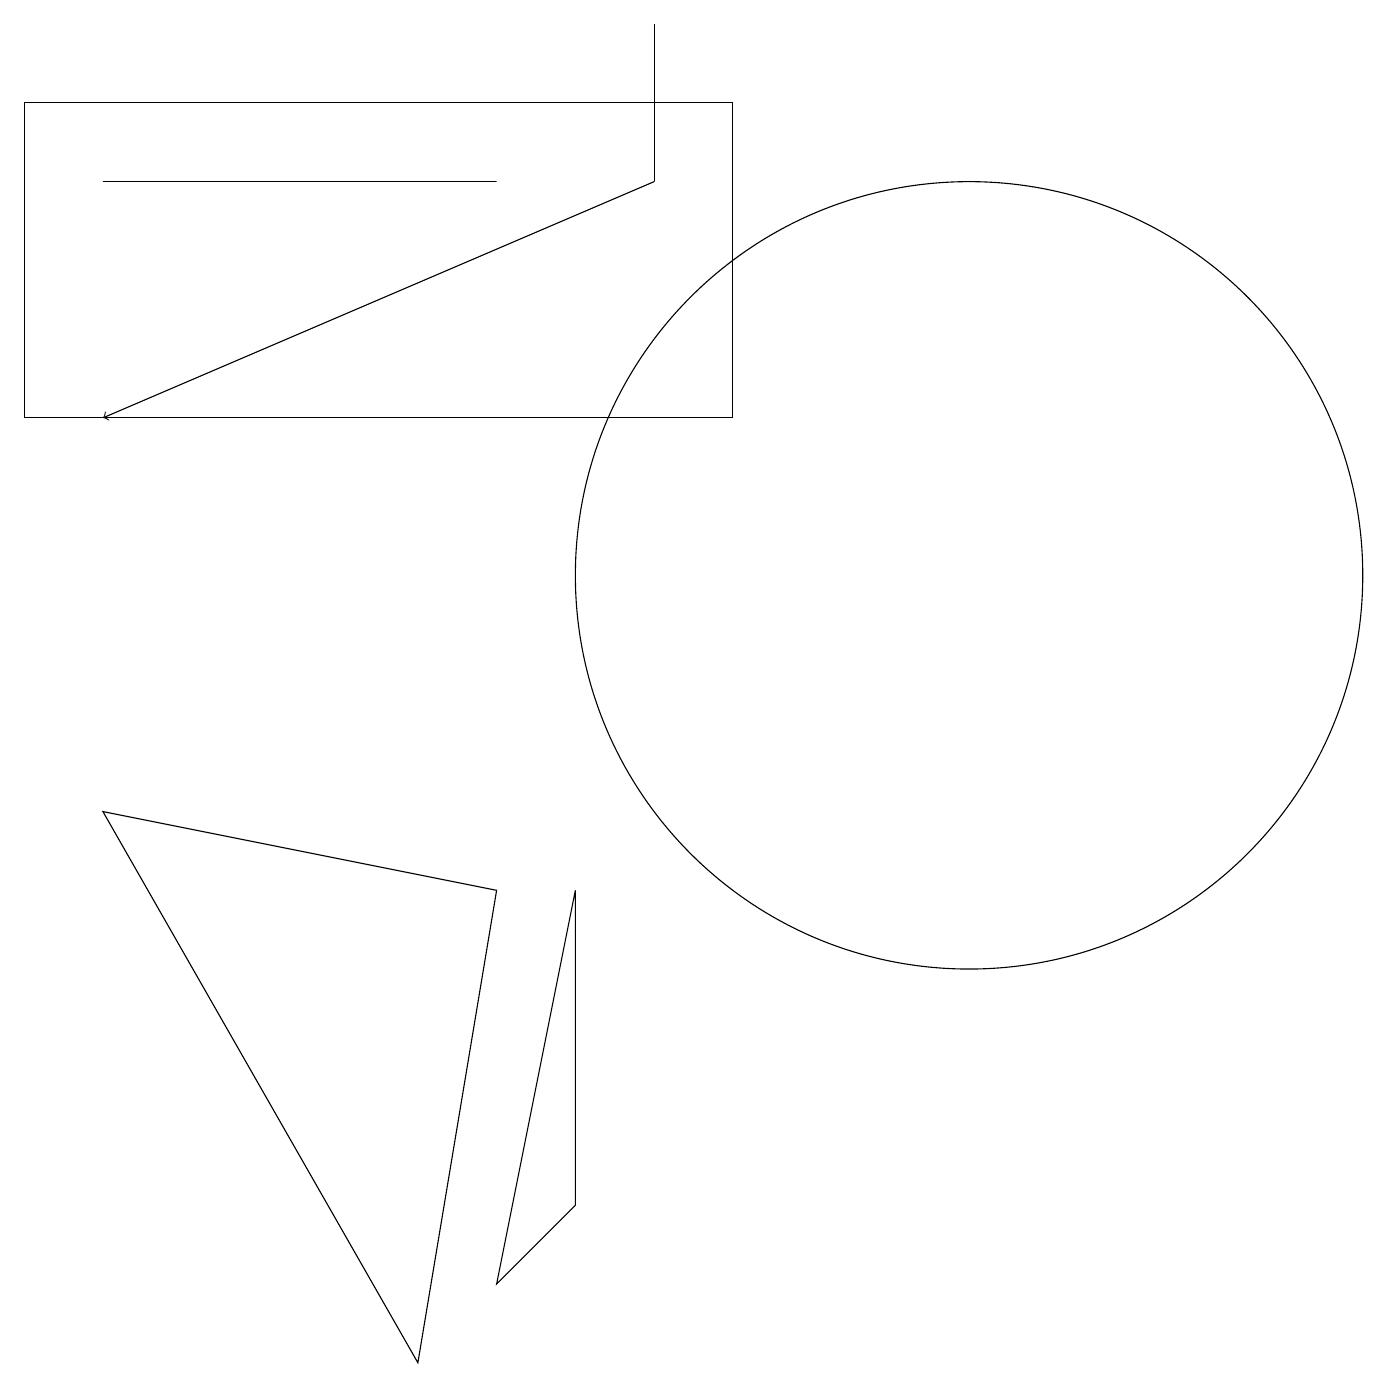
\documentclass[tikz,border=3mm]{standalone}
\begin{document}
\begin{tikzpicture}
\draw (12,10) circle (5);
\draw[->] (8,15) -- (1,12);
\draw (5,0) -- (6,6) -- (1,7) -- cycle;
\draw (8,17) rectangle (8,15);
\draw (6,15) rectangle (1,15);
\draw (0,12) rectangle (9,16);
\draw (7,2) -- (6,1) -- (7,6) -- cycle;
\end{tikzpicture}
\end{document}